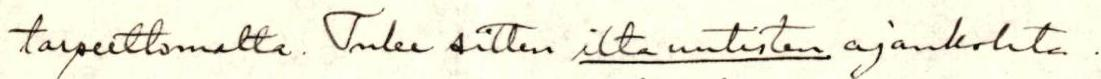
tarpeettomalta. Tulee sitten ilta uutisten ajankohta .